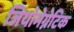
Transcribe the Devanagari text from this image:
जियोमेग्नेटिक